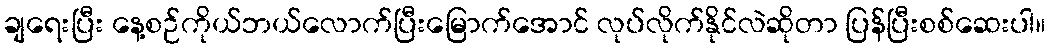
ချရေးပြီး နေ့စဉ်ကိုယ်ဘယ်လောက်ပြီးမြောက်အောင် လုပ်လိုက်နိုင်လဲဆိုတာ ပြန်ပြီးစစ်ဆေးပါ။